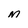
Character: M